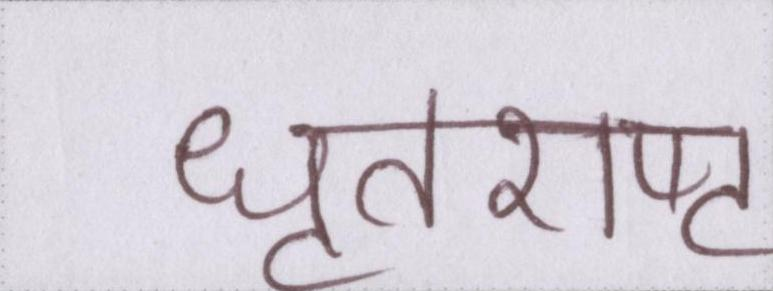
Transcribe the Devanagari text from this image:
धृतराष्ट